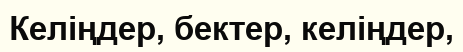
Келіңдер, бектер, келіңдер,